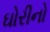
ઘોરીનો